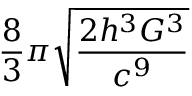
{ \frac { 8 } { 3 } } \pi { \sqrt { \frac { 2 h ^ { 3 } G ^ { 3 } } { c ^ { 9 } } } }